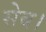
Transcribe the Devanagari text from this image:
सेब।